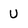
Character: U